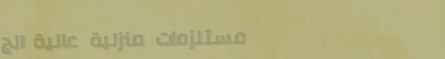
مستلزمات منزلية عالية الج